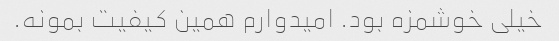
خیلی خوشمزه بود. امیدوارم همین کیفیت بمونه.